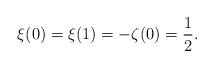
LaTeX: \begin{align*}\xi(0) = \xi(1) =-\zeta(0) = \frac{1}{2}.\end{align*}